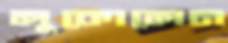
লুকোলেন